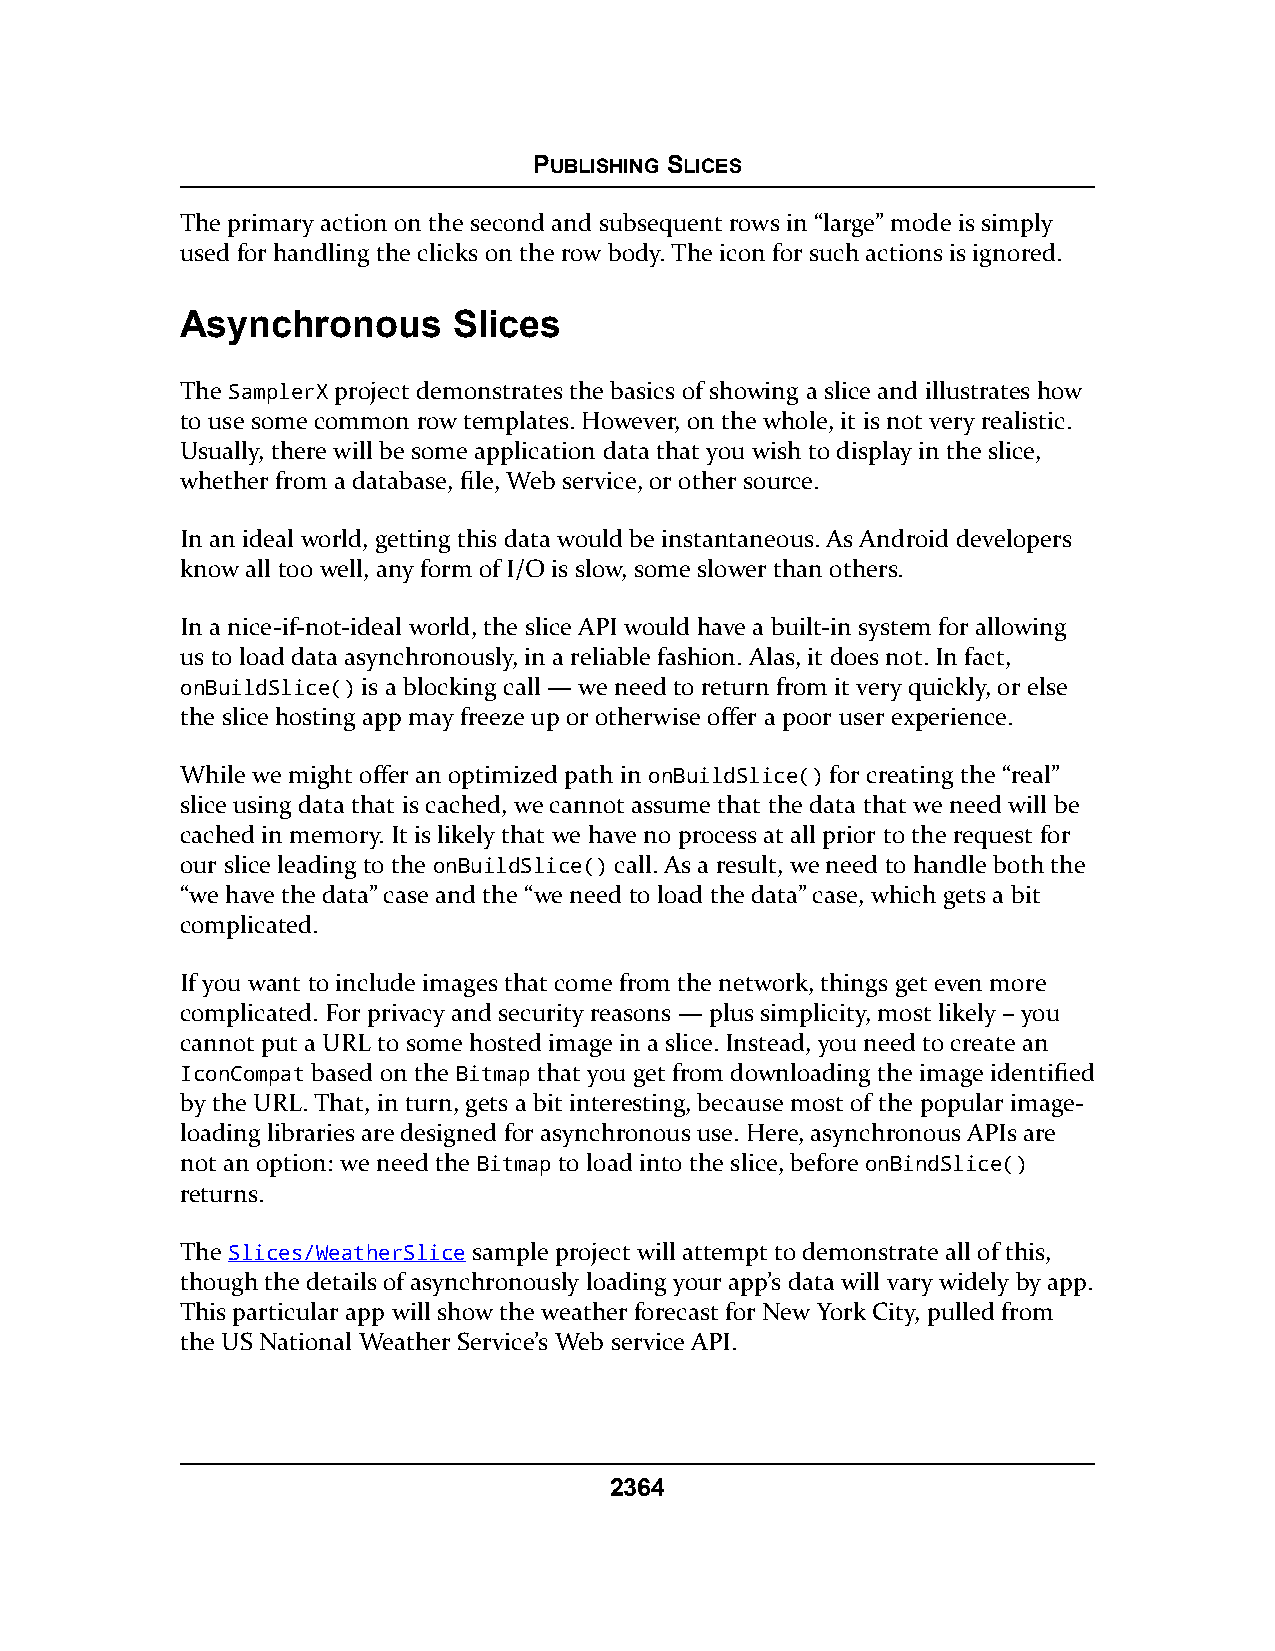
PUBLISHING SLICES
 The primary action on the second and subsequent rows in “large” mode is simply
 used for handling the clicks on the row body. The icon for such actions is ignored.
 Asynchronous      Slices
 The SamplerX project demonstrates the basics of showing a slice and illustrates how
 to use some common row templates. However, on the whole, it is not very realistic.
 Usually, there will be some application data that you wish to display in the slice,
 whether from a database, file, Web service, or other source.
 In an ideal world, getting this data would be instantaneous. As Android developers
 know all too well, any form of I/O is slow, some slower than others.
 In a nice-if-not-ideal world, the slice API would have a built-in system for allowing
 us to load data asynchronously, in a reliable fashion. Alas, it does not. In fact,
 onBuildSlice() is a blocking call — we need to return from it very quickly, or else
 the slice hosting app may freeze up or otherwise offer a poor user experience.
 While we might offer an optimized path in onBuildSlice() for creating the “real”
 slice using data that is cached, we cannot assume that the data that we need will be
 cached in memory. It is likely that we have no process at all prior to the request for
 our slice leading to the onBuildSlice() call. As a result, we need to handle both the
 “we have the data” case and the “we need to load the data” case, which gets a bit
 complicated.
 If you want to include images that come from the network, things get even more
 complicated. For privacy and security reasons — plus simplicity, most likely – you
 cannot put a URL to some hosted image in a slice. Instead, you need to create an
 IconCompat based on the Bitmap that you get from downloading the image identified
 by the URL. That, in turn, gets a bit interesting, because most of the popular image-
 loading libraries are designed for asynchronous use. Here, asynchronous APIs are
 not an option: we need the Bitmap to load into the slice, before onBindSlice()
 returns.
 The Slices/WeatherSlice sample project will attempt to demonstrate all of this,
 though the details of asynchronously loading your app’s data will vary widely by app.
 This particular app will show the weather forecast for New York City, pulled from
 the US National Weather Service’s Web service API.
 2364